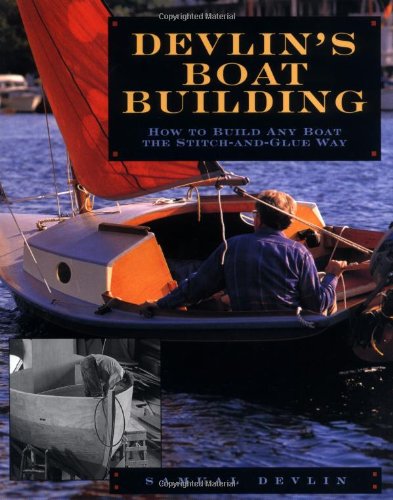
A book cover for Devlin's Boatbuilding: How to Build Any Boat the Stitch-and-Glue Way; Samual Devlin; Engineering & Transportation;